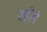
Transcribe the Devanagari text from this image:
वहींसे